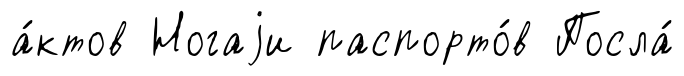
а́ктов Ногаjи паспорто́в Посла́